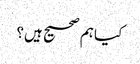
کیا ہم صحیح ہیں؟